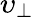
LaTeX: \upsilon_{\perp}